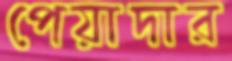
পেয়াদার